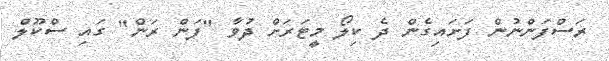
ރަސްފަންނުން ފަށައިގެން ދެ ކިލޯ މީޓަރަށް ދުވާ "ފަން ރަން" ގައި ސްކޫލް